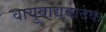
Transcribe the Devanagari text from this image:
वायुवाद्यवादक